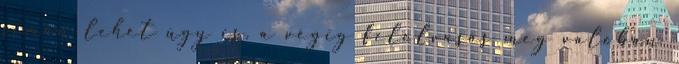
simán lehet úgy is. a végig felolvasás meg valóban